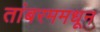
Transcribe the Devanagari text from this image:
तांबरममधून